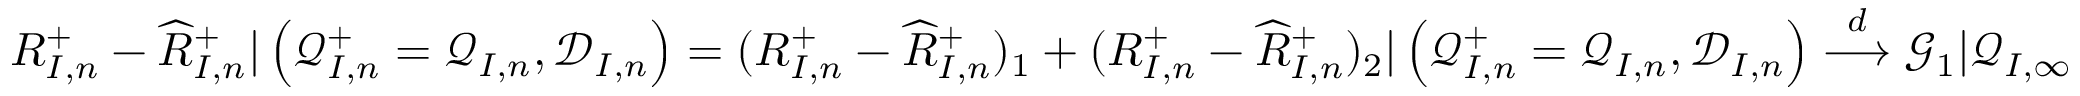
\begin{array} { r } { R _ { I , n } ^ { + } - \widehat { R } _ { I , n } ^ { + } | \left( \mathcal { Q } _ { I , n } ^ { + } = \mathcal { Q } _ { I , n } , \mathcal { D } _ { I , n } \right) = ( R _ { I , n } ^ { + } - \widehat R _ { I , n } ^ { + } ) _ { 1 } + ( R _ { I , n } ^ { + } - \widehat R _ { I , n } ^ { + } ) _ { 2 } | \left( \mathcal { Q } _ { I , n } ^ { + } = \mathcal { Q } _ { I , n } , \mathcal { D } _ { I , n } \right) \overset { d } { \longrightarrow } \mathcal { G } _ { 1 } | \mathcal { Q } _ { I , \infty } } \end{array}